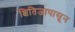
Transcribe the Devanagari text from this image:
क्षितिजापासून